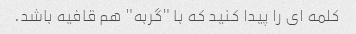
کلمه ای را پیدا کنید که با "گربه" هم قافیه باشد.